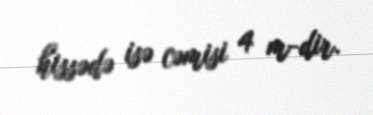
hissədə isə cəmisi 4 m-dir.